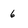
Character: 6